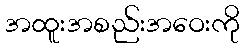
အထူးအစည်းအဝေးကို